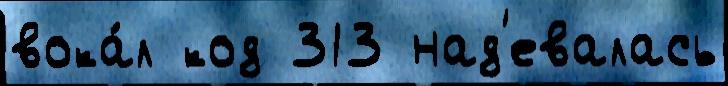
вока́л код 313 над'евалась